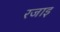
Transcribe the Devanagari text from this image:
रजाइ